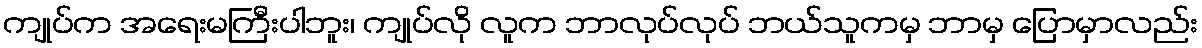
ကျုပ်က အရေးမကြီးပါဘူး၊ ကျုပ်လို လူက ဘာလုပ်လုပ် ဘယ်သူကမှ ဘာမှ ပြောမှာလည်း